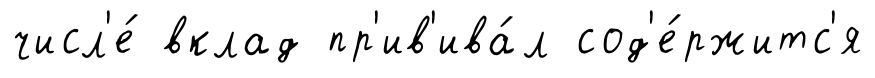
числ'е́ вклад пр'ив'ива́л сод'е́ржитс'я